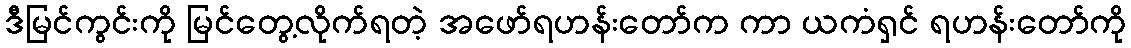
ဒီမြင်ကွင်းကို မြင်တွေ့လိုက်ရတဲ့ အဖော်ရဟန်းတော်က ကာ ယကံရှင် ရဟန်းတော်ကို